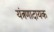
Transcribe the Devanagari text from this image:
यंत्रणादायक